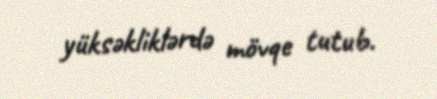
yüksəkliklərdə mövqe tutub.